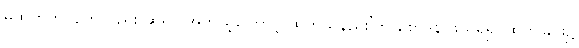
မထုတ်ဘဲလျက်လည်း ဆရာ အဘယ့်ကြောင့် ထုတ်သနည်း’ဟု စောဒနာဖွယ်ရှိ၍ ထုတ်ခြင်း၌